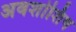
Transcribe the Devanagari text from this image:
अवशोशिष